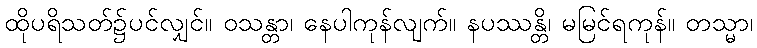
ထိုပရိသတ်၌ပင်လျှင်။ ဝသန္တာ၊ နေပါကုန်လျက်။ နပဿန္တိ၊ မမြင်ရကုန်။ တသ္မာ၊